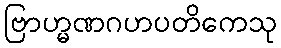
ဗြာဟ္မဏဂဟပတိကေသု